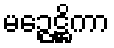
မဉ္ဇေဋ္ဌိကာ